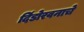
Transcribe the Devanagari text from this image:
दिंडोरवनाचे